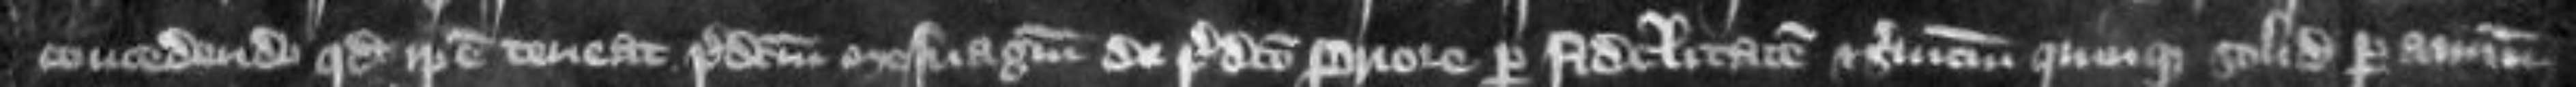
concedendo quod ipse teneat predictum mesuagium de predicto priore per fidelitatem et servicium quinque solidorum per annum